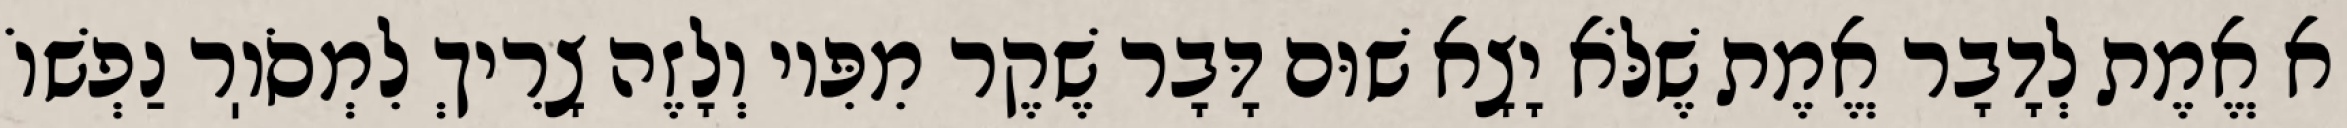
א אֱמֶת לְדָבָר אֱמֶת שֶׁלֹּא יָצָא שׁוּם דָּבָר שֶׁקֶר מִפִּיו וְלָזֶה צָרִיךְ לִמְסֹוֽר נַפְשׁוֹ